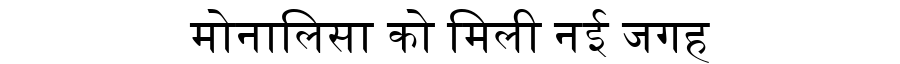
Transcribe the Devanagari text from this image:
मोनालिसा को मिली नई जगह